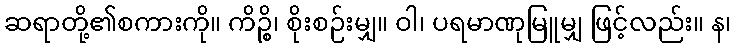
ဆရာတို့၏စကားကို။ ကိဉ္စိ၊ စိုးစဉ်းမျှ။ ဝါ၊ ပရမာဏုမြူမျှ ဖြင့်လည်း။ န၊